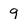
Character: 9